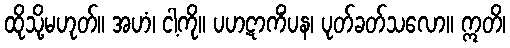
ထိုသို့မဟုတ်။ အဟံ၊ ငါ့ကို။ ပဟဋာကိံပန၊ ပုတ်ခတ်သလော။ ဣတိ၊